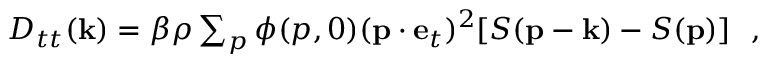
\begin{array} { r } { D _ { t t } ( { \bf k } ) = \beta \rho \sum _ { p } \phi ( p , 0 ) ( { \bf p } \cdot { \bf e } _ { t } ) ^ { 2 } [ S ( { \bf p } - { \bf k } ) - S ( { \bf p } ) ] ~ ~ , } \end{array}